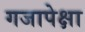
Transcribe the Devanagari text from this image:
गजापेक्षा